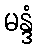
မန္ဒံ